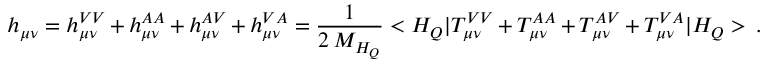
h _ { \mu \nu } = h _ { \mu \nu } ^ { V V } + h _ { \mu \nu } ^ { A A } + h _ { \mu \nu } ^ { A V } + h _ { \mu \nu } ^ { V A } = { \frac { 1 } { 2 \, M _ { H _ { Q } } } } < H _ { Q } | T _ { \mu \nu } ^ { V V } + T _ { \mu \nu } ^ { A A } + T _ { \mu \nu } ^ { A V } + T _ { \mu \nu } ^ { V A } | H _ { Q } > \, .